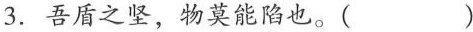
3.吾盾之坚，物莫能\underset{·}{陷}也。( )